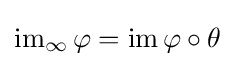
\operatorname {im} _{\infty }\varphi =\operatorname {im} \varphi \circ \theta